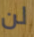
لن